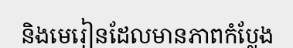
និងមេរៀនដែលមានភាពកំប្លែង